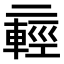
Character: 𫡸